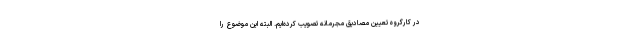
در کارگروه تعیین مصادیق مجرمانه تصویب کرده‌ایم. البته این موضوع را